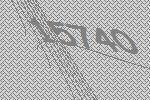
15740